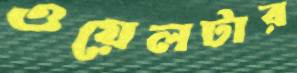
ওয়েলটার